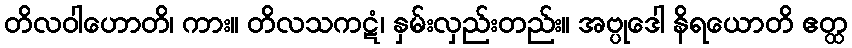
တိလဝါဟောတိ၊ ကား။ တိလသကဋံ၊ နှမ်းလှည်းတည်း။ အဗ္ပုဒေါ နိရယောတိ ဧတ္ထ